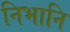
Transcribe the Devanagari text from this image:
निभानि